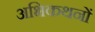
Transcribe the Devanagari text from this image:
अभिकथनों